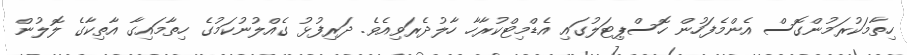
ހިތާމަކުރަމުންގޮސް އެންމެފަހުން ހޮސްޕިޓަލުގައި އެޑްމިޓްކުރާހާ ހާލުދެރަވިއެވެ. ދަރިފުޅު ގެއްލުނުކަމުގެ ހިތާމައިގާ އާތިކާގެ ލޮލުން